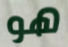
هو